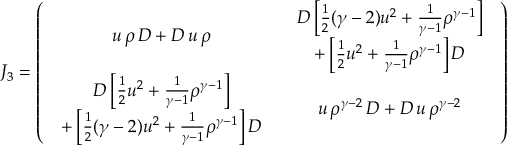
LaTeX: J _ { 3 } = \left( \begin{array} { c c } { { u \, \rho \, D + D \, u \, \rho } } & { { \begin{array} { c } { { D \left[ \frac { 1 } { 2 } ( \gamma - 2 ) u ^ { 2 } + \frac { 1 } { \gamma - 1 } \rho ^ { \gamma - 1 } \right] } } \\ { { + \left[ \frac { 1 } { 2 } u ^ { 2 } + \frac { 1 } { \gamma - 1 } \rho ^ { \gamma - 1 } \right] D } } \end{array} } } \\ { { \begin{array} { c } { { D \left[ \frac { 1 } { 2 } u ^ { 2 } + \frac { 1 } { \gamma - 1 } \rho ^ { \gamma - 1 } \right] } } \\ { { + \left[ \frac { 1 } { 2 } ( \gamma - 2 ) u ^ { 2 } + \frac { 1 } { \gamma - 1 } \rho ^ { \gamma - 1 } \right] D } } \end{array} } } & { { u \, \rho ^ { \gamma - 2 } \, D + D \, u \, \rho ^ { \gamma - 2 } } } \end{array} \right)